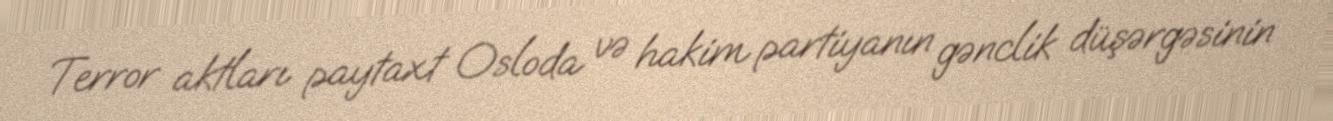
Terror aktları paytaxt Osloda və hakim partiyanın gənclik düşərgəsinin